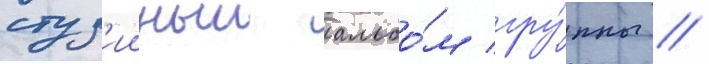
студ'ииныи альбо́м гру́ппы /